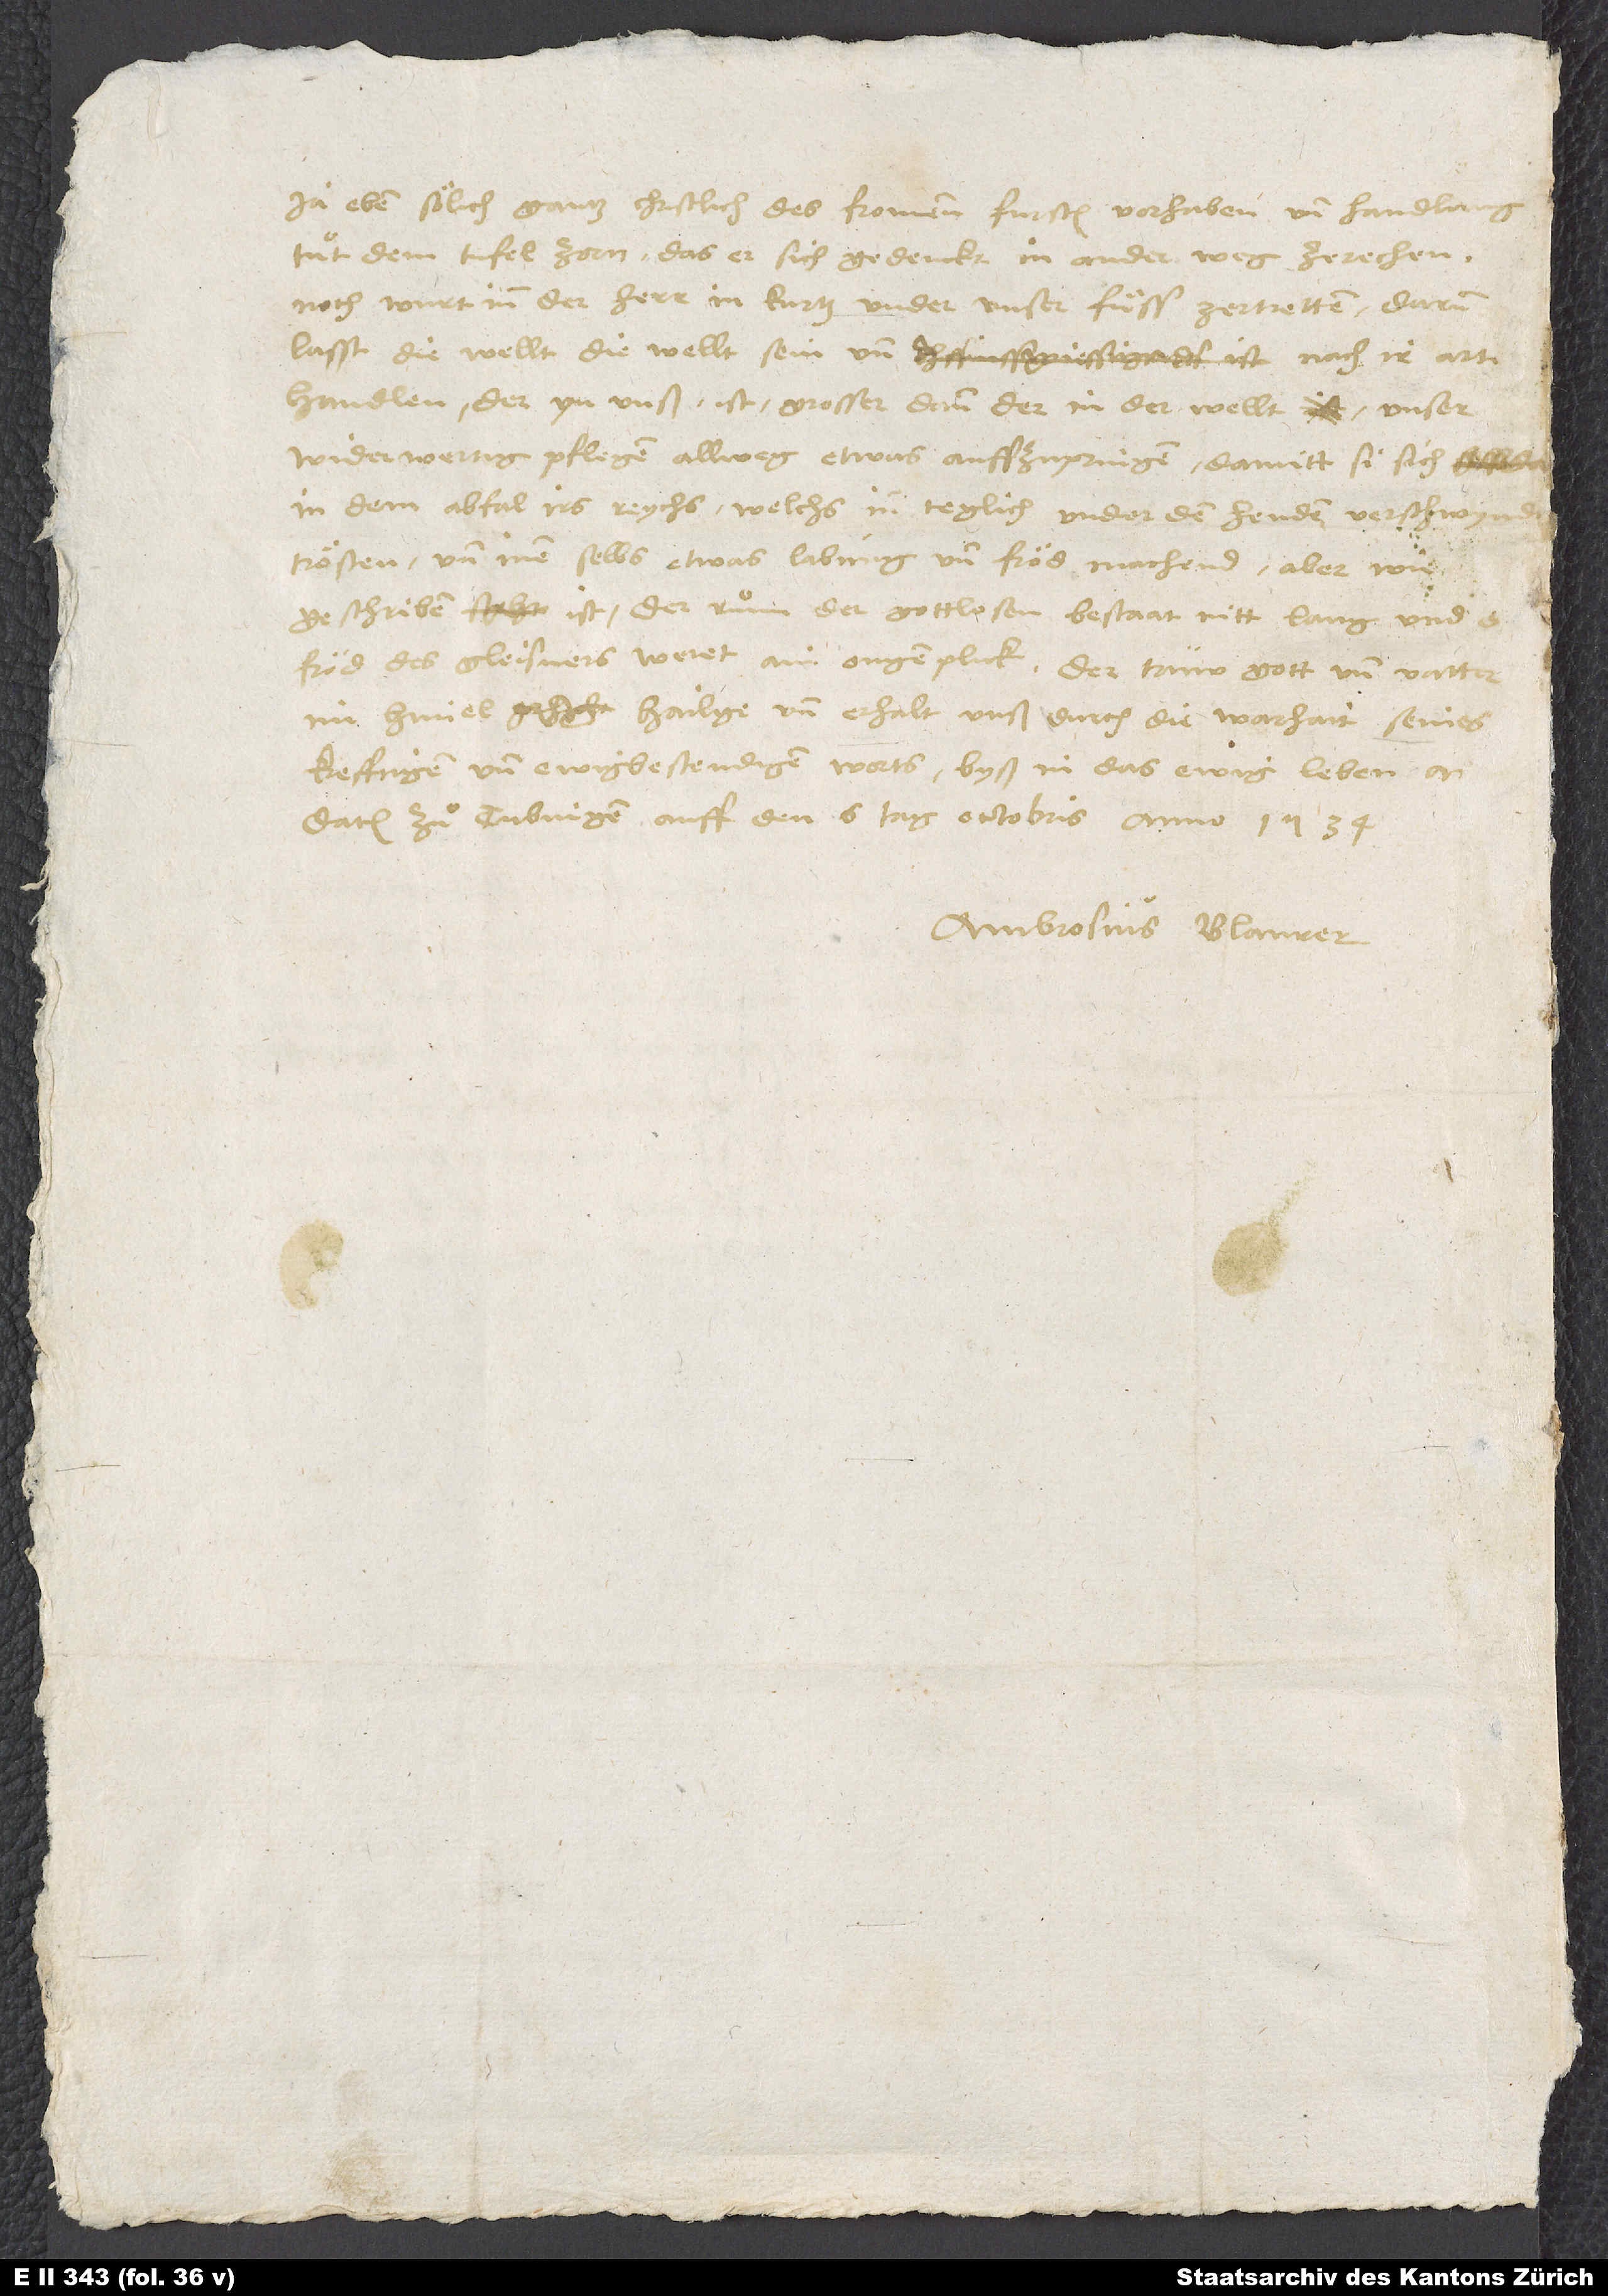
im himel hailge und erhalt unß durch die warhait seines
krefftigen und ewig bestendigen worts byß in das ewig leben. Amen.
Ambrosius Blaurer.